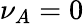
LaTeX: {\nu_{A}}=0